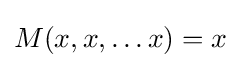
M(x,x,\ldots x)=x